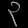
Digit: ၃